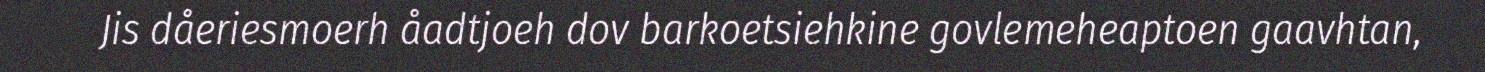
Jis dåeriesmoerh åadtjoeh dov barkoetsiehkine govlemeheaptoen gaavhtan,